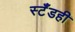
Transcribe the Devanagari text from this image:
स्टँडही